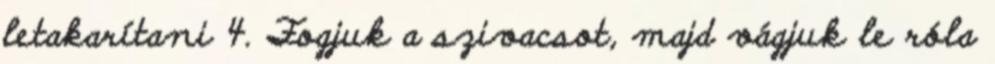
letakarítani 4. Fogjuk a szivacsot, majd vágjuk le róla